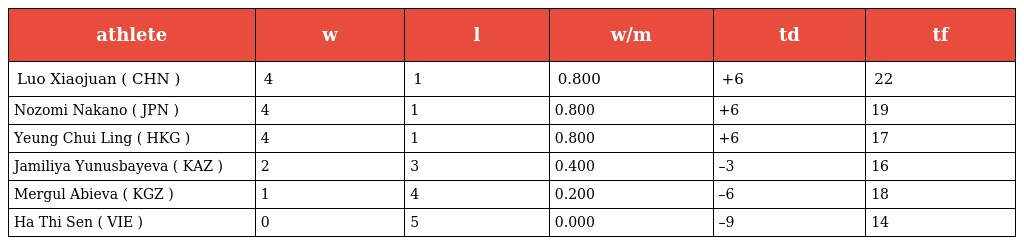
| athlete | w | l | w/m | td | tf |
 | --- | --- | --- | --- | --- | --- |
 | Luo Xiaojuan ( CHN ) | 4 | 1 | 0.800 | +6 | 22 |
 | Nozomi Nakano ( JPN ) | 4 | 1 | 0.800 | +6 | 19 |
 | Yeung Chui Ling ( HKG ) | 4 | 1 | 0.800 | +6 | 17 |
 | Jamiliya Yunusbayeva ( KAZ ) | 2 | 3 | 0.400 | –3 | 16 |
 | Mergul Abieva ( KGZ ) | 1 | 4 | 0.200 | –6 | 18 |
 | Ha Thi Sen ( VIE ) | 0 | 5 | 0.000 | –9 | 14 |